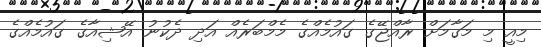
މިއީ މި މަގާމަށް ރާއްޖޭގެ ގައުމެއްގެ މެމްބަރެއް އަދި ދެކުނު އޭޝިއާގެ ގައުމެއްގެ